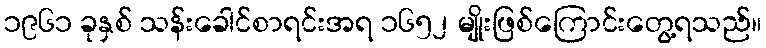
၁၉၆၁ ခုနှစ် သန်းခေါင်စာရင်းအရ ၁၆၅၂ မျိုးဖြစ်ကြောင်းတွေ့ရသည်။